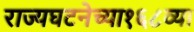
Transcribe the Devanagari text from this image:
राज्यघटनेच्या१६८व्या